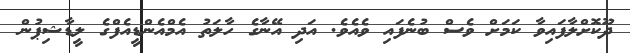
ދޫކޮށްލާފައިވާ ކަމަށް ވެސް ބުނެފައި ވެއެވެ. އަދި އޭނާގެ ހާލަތު އެމްއެންޑީއެފްގެ ލީޑާޝިޕުން